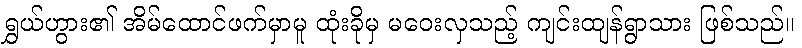
ရွှယ်ဟွား၏ အိမ်ထောင်ဖက်မှာမူ ထုံးခိုမှ မဝေးလှသည့် ကျင်းထျန်ရွာသား ဖြစ်သည်။